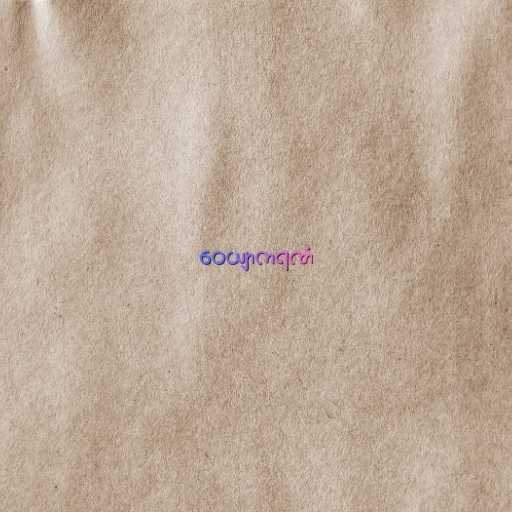
ဝေယျာကရဏံ